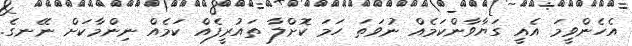
އެހެންވީމަ އެއީ ގަޔާވާންކަމެއް ނުވަތަ ހަމަ ކޮށްލާ ތައުރީފެއް ކަމެއް ނިންމާކަށް ނޭނގެ.